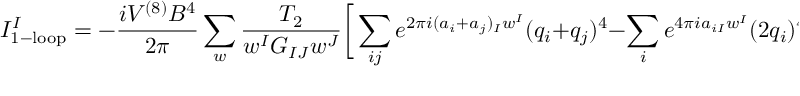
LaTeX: { \cal I } _ { \mathrm { 1 - l o o p } } ^ { I } = - \frac { i V ^ { ( 8 ) } B ^ { 4 } } { 2 \pi } \sum _ { w } \frac { T _ { 2 } } { w ^ { I } G _ { I J } w ^ { J } } \bigg [ \sum _ { i j } e ^ { 2 \pi i ( a _ { i } + a _ { j } ) _ { I } w ^ { I } } ( q _ { i } + q _ { j } ) ^ { 4 } - \sum _ { i } e ^ { 4 \pi i a _ { i I } w ^ { I } } ( 2 q _ { i } ) ^ { 4 } \bigg ]